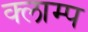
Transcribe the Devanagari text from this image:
क्लाम्प